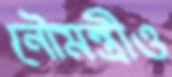
নৌমন্ত্রীও